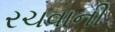
રચવાની